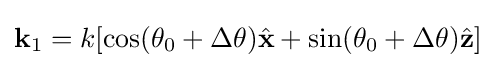
\mathbf {k} _{1}=k[\cos(\theta _{0}+\Delta \theta ){\hat {\mathbf {x} }}+\sin(\theta _{0}+\Delta \theta ){\hat {\mathbf {z} }}]